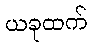
ယခုထက်